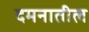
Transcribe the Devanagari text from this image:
दमनातील